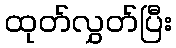
ထုတ်လွှတ်ပြီး